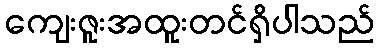
ကျေးဇူးအထူးတင်ရှိပါသည်